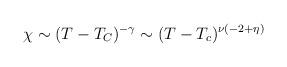
LaTeX: \begin{align*}\chi \sim (T-T_C)^{- \gamma} \sim (T-T_c)^{\nu ( -2 + \eta)}\end{align*}